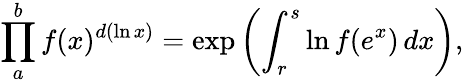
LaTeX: \prod_{a}^{b}f(x)^{d(\ln x)}=\exp\left(\int_{r}^{s}\ln f(e^{x})\, dx\right),